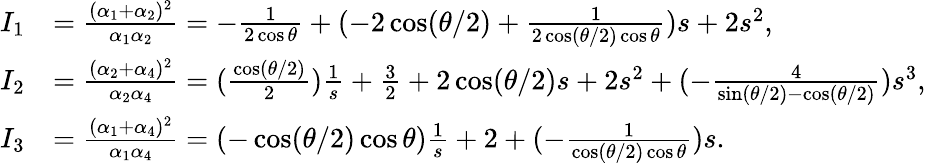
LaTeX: \begin{array}{rl}{I_{1}}&{=\frac{(\alpha_{1}+\alpha_{2})^{2}}{\alpha_{1}\alpha_{2}}=-\frac{1}{2\cos\theta}+(-2\cos({\theta}/{2})+\frac{1}{2\cos({\theta}/{2})\cos\theta})s+2s^{2},}\\ {I_{2}}&{=\frac{(\alpha_{2}+\alpha_{4})^{2}}{\alpha_{2}\alpha_{4}}=(\frac{\cos({\theta}/{2})}{2})\frac{1}{s}+\frac{3}{2}+2\cos({\theta}/{2})s+2s^{2}+(-\frac{4}{\sin({\theta}/{2})-\cos({\theta}/{2})})s^{3},}\\ {I_{3}}&{=\frac{(\alpha_{1}+\alpha_{4})^{2}}{\alpha_{1}\alpha_{4}}=(-\cos({\theta}/{2})\cos\theta)\frac{1}{s}+2+(-\frac{1}{\cos({\theta}/{2})\cos\theta})s.}\end{array}